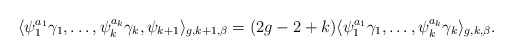
\begin{align*}\langle \psi_1^{a_1}\gamma_1,\dots,\psi_k^{a_k}\gamma_k,\psi_{k+1}\rangle_{g,k+1,\beta}=(2g-2+k)\langle\psi_1^{a_1}\gamma_1,\dots,\psi_k^{a_k}\gamma_k\rangle_{g,k,\beta}.\end{align*}